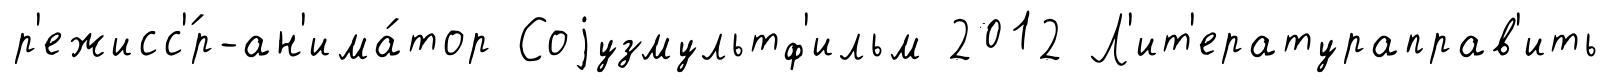
р'ежисс'́р-ан'има́тор Соjузмультф'ильм 2012 Л'ит'ератураправ'ить